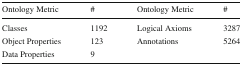
| Ontology Metric | # | Ontology Metric | # |
 | --- | --- | --- | --- |
 | Classes | 1192 | Logical Axioms | 3287 |
 | Object Properties | 123 | Annotations | 5264 |
 | Data Properties | 9 |  |  |